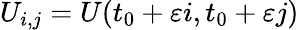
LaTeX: U_{i,j}=U(t_{0}+\varepsilon i,t_{0}+\varepsilon j)